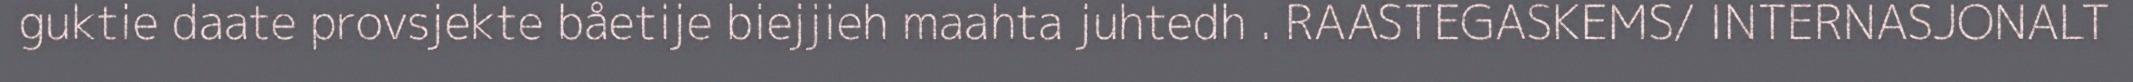
guktie daate provsjekte båetije biejjieh maahta juhtedh . RAASTEGASKEMS/ INTERNASJONALT